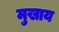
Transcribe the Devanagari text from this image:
मुखाय